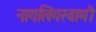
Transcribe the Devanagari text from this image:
नागलिंगस्वामी